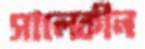
সালেকীন